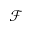
\mathcal { F }